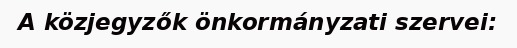
A közjegyzők önkormányzati szervei: